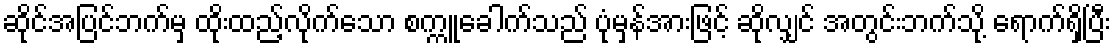
ဆိုင်အပြင်ဘက်မှ ထိုးထည့်လိုက်သော စက္ကူခေါက်သည် ပုံမှန်အားဖြင့် ဆိုလျှင် အတွင်းဘက်သို့ ရောက်ရှိပြီး